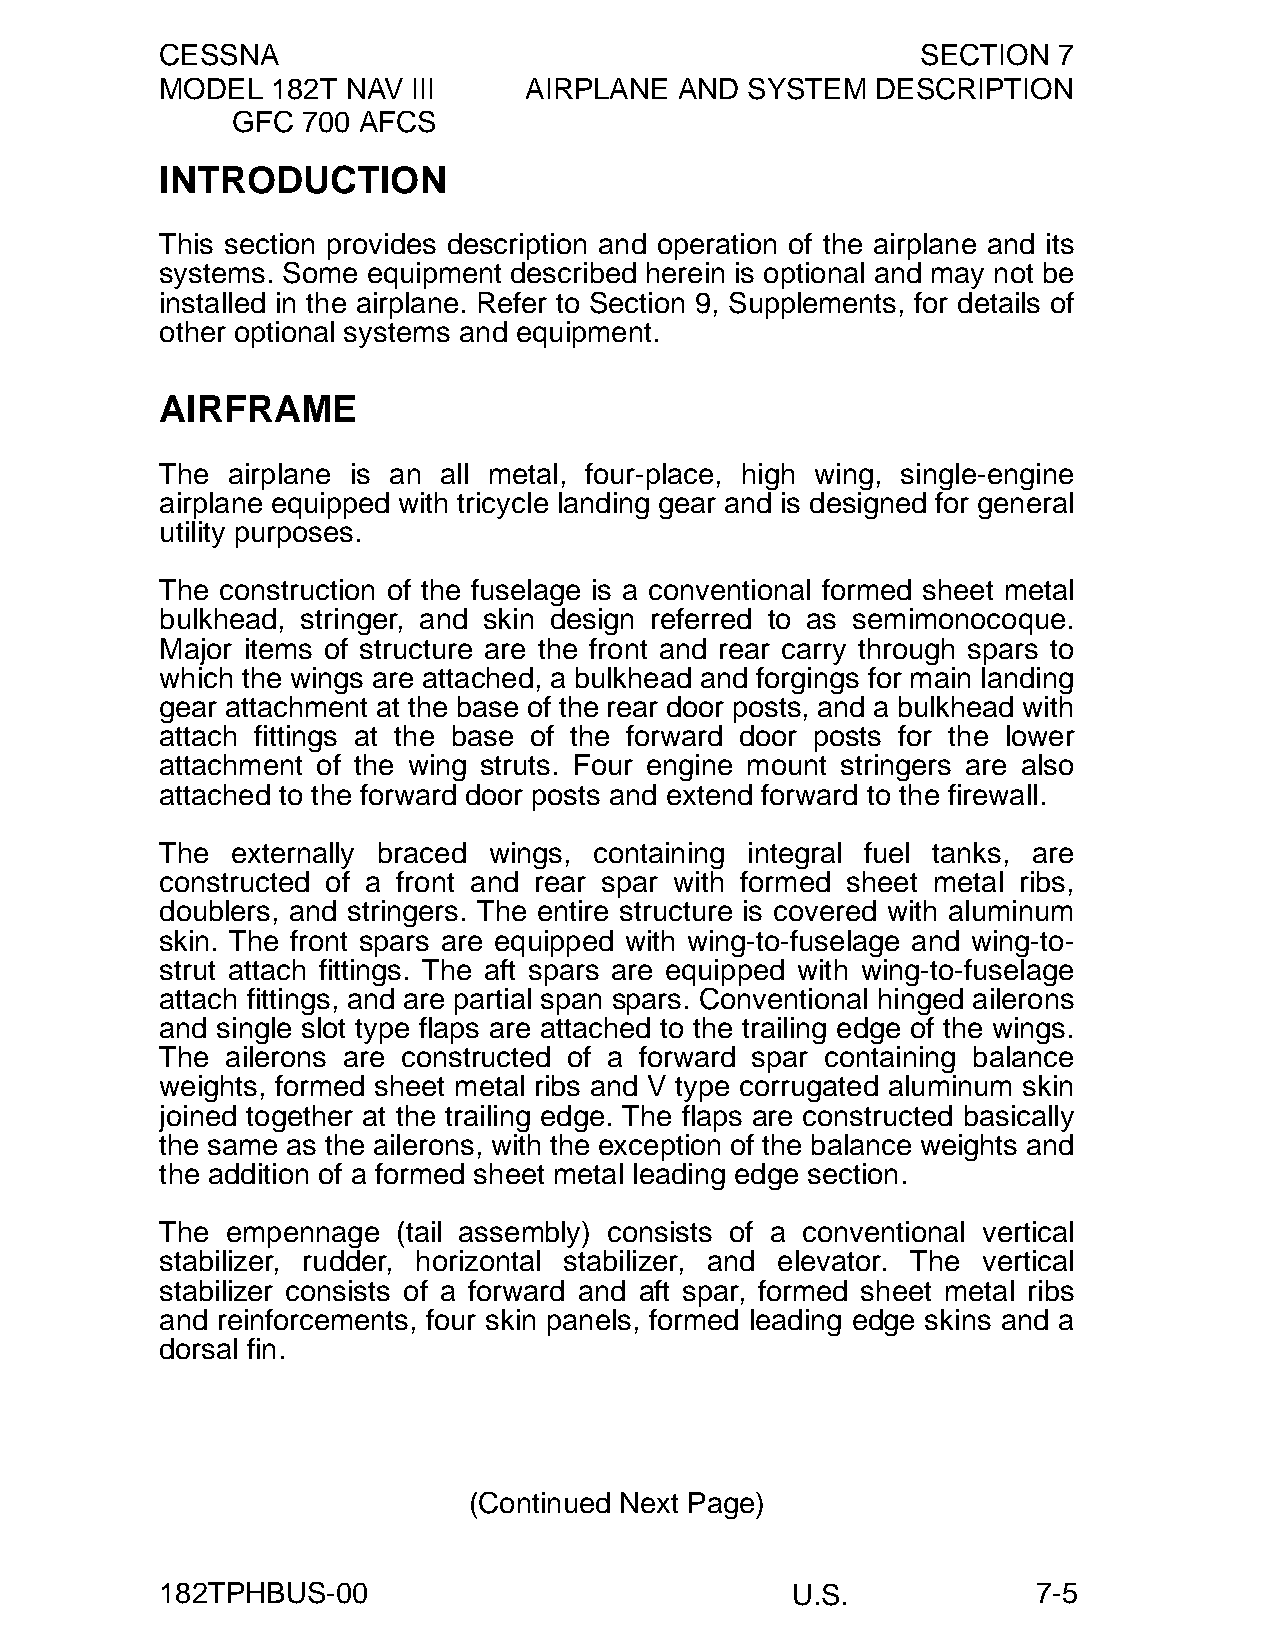
CESSNA                                            SECTION  7
 MODEL  182T NAV III     AIRPLANE  AND SYSTEM   DESCRIPTION
 GFC  700 AFCS
 INTRODUCTION
 This section provides description and operation of the airplane and its
 systems. Some equipment described herein is optional and may not be
 installed in the airplane. Refer to Section 9, Supplements, for details of
 other optional systems and equipment.
 AIRFRAME
 The airplane is an all metal, four-place, high wing, single-engine
 airplane equipped with tricycle landing gear and is designed for general
 utility purposes.
 The construction of the fuselage is a conventional formed sheet metal
 bulkhead, stringer, and skin design referred to as semimonocoque.
 Major items of structure are the front and rear carry through spars to
 which the wings are attached, a bulkhead and forgings for main landing
 gear attachment at the base of the rear door posts, and a bulkhead with
 attach fittings at the base of the forward door posts for the lower
 attachment of the wing struts. Four engine mount stringers are also
 attached to the forward door posts and extend forward to the firewall.
 The externally braced wings, containing integral fuel tanks, are
 constructed of a front and rear spar with formed sheet metal ribs,
 doublers, and stringers. The entire structure is covered with aluminum
 skin. The front spars are equipped with wing-to-fuselage and wing-to-
 strut attach fittings. The aft spars are equipped with wing-to-fuselage
 attach fittings, and are partial span spars. Conventional hinged ailerons
 and single slot type flaps are attached to the trailing edge of the wings.
 The ailerons are constructed of a forward spar containing balance
 weights, formed sheet metal ribs and V type corrugated aluminum skin
 joined together at the trailing edge. The flaps are constructed basically
 the same as the ailerons, with the exception of the balance weights and
 the addition of a formed sheet metal leading edge section.
 The empennage  (tail assembly) consists of a conventional vertical
 stabilizer, rudder, horizontal stabilizer, and elevator. The vertical
 stabilizer consists of a forward and aft spar, formed sheet metal ribs
 and reinforcements, four skin panels, formed leading edge skins and a
 dorsal fin.
 (Continued Next Page)
 182TPHBUS-00                             U.S.             7-5